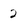
Character: 2